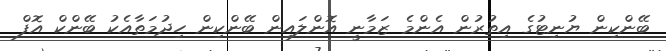
ބޭންކިން ޔުނިޓުގެ އިތުރުން އެންމެ ޒަމާނީ އޮންލައިން ބޭންކިން ހިދުމަތާއެކު ބޭންކް އޮފް